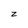
Character: z